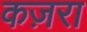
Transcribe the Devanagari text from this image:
कज़रा